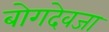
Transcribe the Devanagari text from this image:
बोगदेवजा